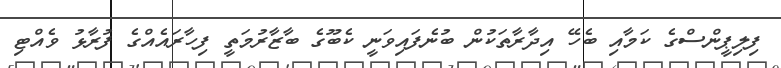
ފިލިޕީންސްގެ ކަމާއި ބެހޭ އިދާރާތަކުން ބުނެފައިވަނީ ކެބޫގެ ބާޒާރުމަތީ ފިހާރައެއްގެ ފުރާޅު ވެއްޓި